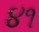
૪૧